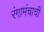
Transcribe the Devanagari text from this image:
रंगामंचाची